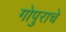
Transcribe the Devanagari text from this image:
गोपुराचे